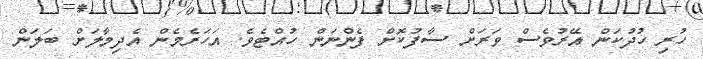
ހުރި ހުދުކަން އޭރުވެސް ވަރަށް ސާފުކޮށް ފެންނަން ހުއްޓެވެ. އަހަރެމެން އެދިމާލަށް ބަލަން